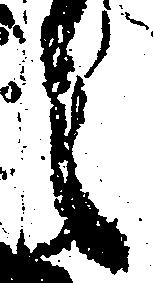
之